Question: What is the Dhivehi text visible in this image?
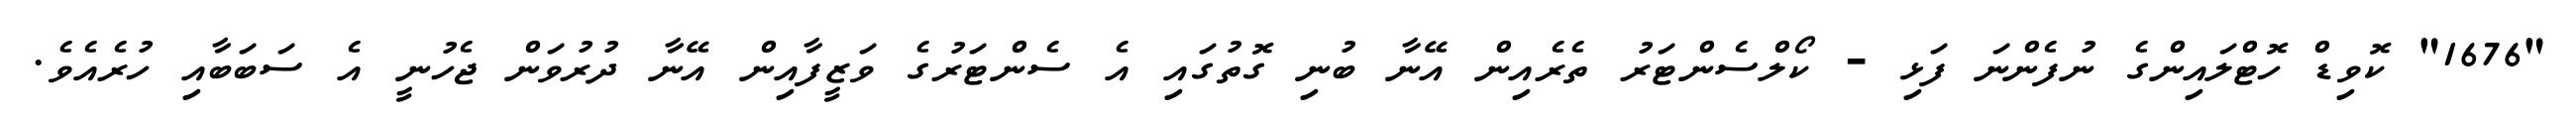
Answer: "1676" ކޮވިޑް ހޮޓްލައިންގެ ނުފެންނަ ފަޅި - ކޯލްސެންޓަރު ތެރެއިން އޭނާ ބުނި ގޮތުގައި އެ ސެންޓަރުގެ ވަޒީފާއިން އޭނާ ދުރުވަން ޖެހުނީ އެ ސަބަބާއި ހުރެއެވެ.